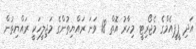
އަދި ޕީޕީއެމްގެ މެޖޯރިޓީ މިހާރު އޮތް 18 ވަނަ ރައްޔިތުންގެ މަޖިލީހަކީ ރައްޔިތުން